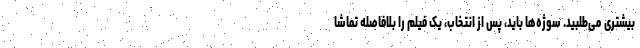
بیشتری می‌طلبید. سوژه‌ها باید، پس از انتخاب، یک فیلم را بلافاصله تماشا